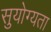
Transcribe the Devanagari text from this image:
सुयोग्यता